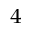
^ 4